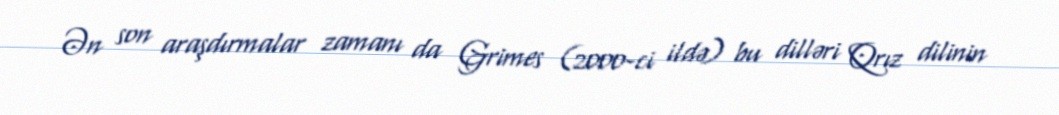
Ən son araşdırmalar zamanı da Grimes (2000-ci ildə) bu dilləri Qrız dilinin